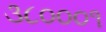
૩૮૦૦૦૧